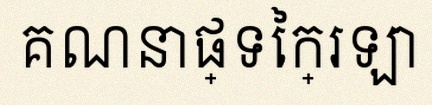
គណនាផ្ទៃក្រឡា